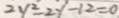
2 y ^ { 2 } - 2 y - 1 2 = 0